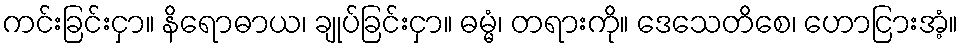
ကင်းခြင်းငှာ။ နိရောဓာယ၊ ချုပ်ခြင်းငှာ။ ဓမ္မံ၊ တရားကို။ ဒေသေတိစေ၊ ဟောငြားအံ့။